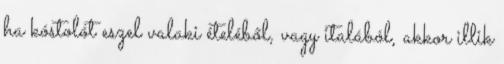
ha kóstolót eszel valaki ételéből, vagy italából, akkor illik